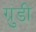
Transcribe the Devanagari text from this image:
ग्रुंडी